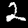
Label: 2